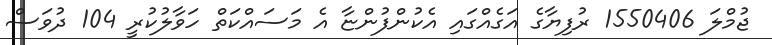
ޖުމްލަ 1550406 ރުފިޔާގެ އަގެއްގައި އެކުންފުންޏާ އެ މަސައްކަތް ހަވާލުކުރީ 104 ދުވަސް